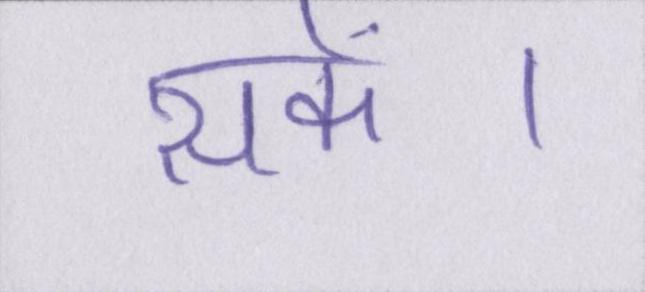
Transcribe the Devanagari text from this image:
सकें।